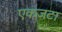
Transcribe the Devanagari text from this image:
एकजटा